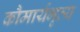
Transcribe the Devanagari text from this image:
कौमार्यभृत्य